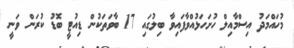
މުހައްމަދު އިސްމާއިލް ހުށަހަޅުއްވާފައިވާ ބިލުގައި 17 ބާވަތަކުން ޑިއުޓީ ބޮޑު ކުރަން ވަނީ